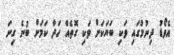
އެވޯޑު ދިނުމުގައި ވަކި ބަޔަކަށް ވަކި ގޮތެއް ހަދާ ކަމަށް ބުނެ ގިނަ